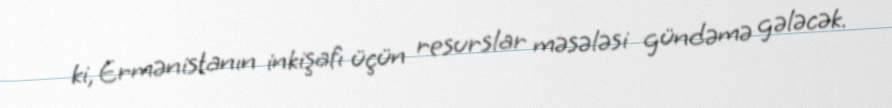
ki, Ermənistanın inkişafı üçün resurslar məsələsi gündəmə gələcək.